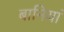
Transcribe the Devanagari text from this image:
बानियां